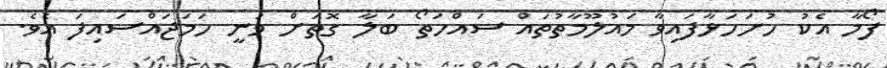
ފޯމާ އެކު ހުށަހަޅާފައިވާ މައުލޫމާތުތައް ސައްހަތޯ ބަލާ ގޮތަށް ވަނީ ހަމަޖައްސައިފަ އެވެ.